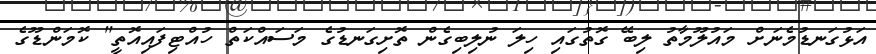
އަޅުގަނޑުމެނަށް މައުލޫމާތު ލިބޭ ގޮތުގައި ހިލަ ނުލިބިގެން ތޮށިގަނޑުގެ މަސައްކަތް ހުއްޓިފައިއޮތީ" ކޮމަންޑޫގެ